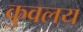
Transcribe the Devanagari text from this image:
कुवलय